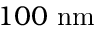
1 0 0 ~ \mathrm { n m }